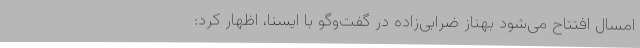
امسال افتتاح می‌شود بهناز ضرابی‌زاده در گفت‌وگو با ایسنا، اظهار کرد: